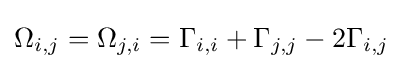
\Omega _{i,j}=\Omega _{j,i}=\Gamma _{i,i}+\Gamma _{j,j}-2\Gamma _{i,j}